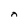
Character: n